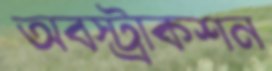
অবস্ট্রাকশন